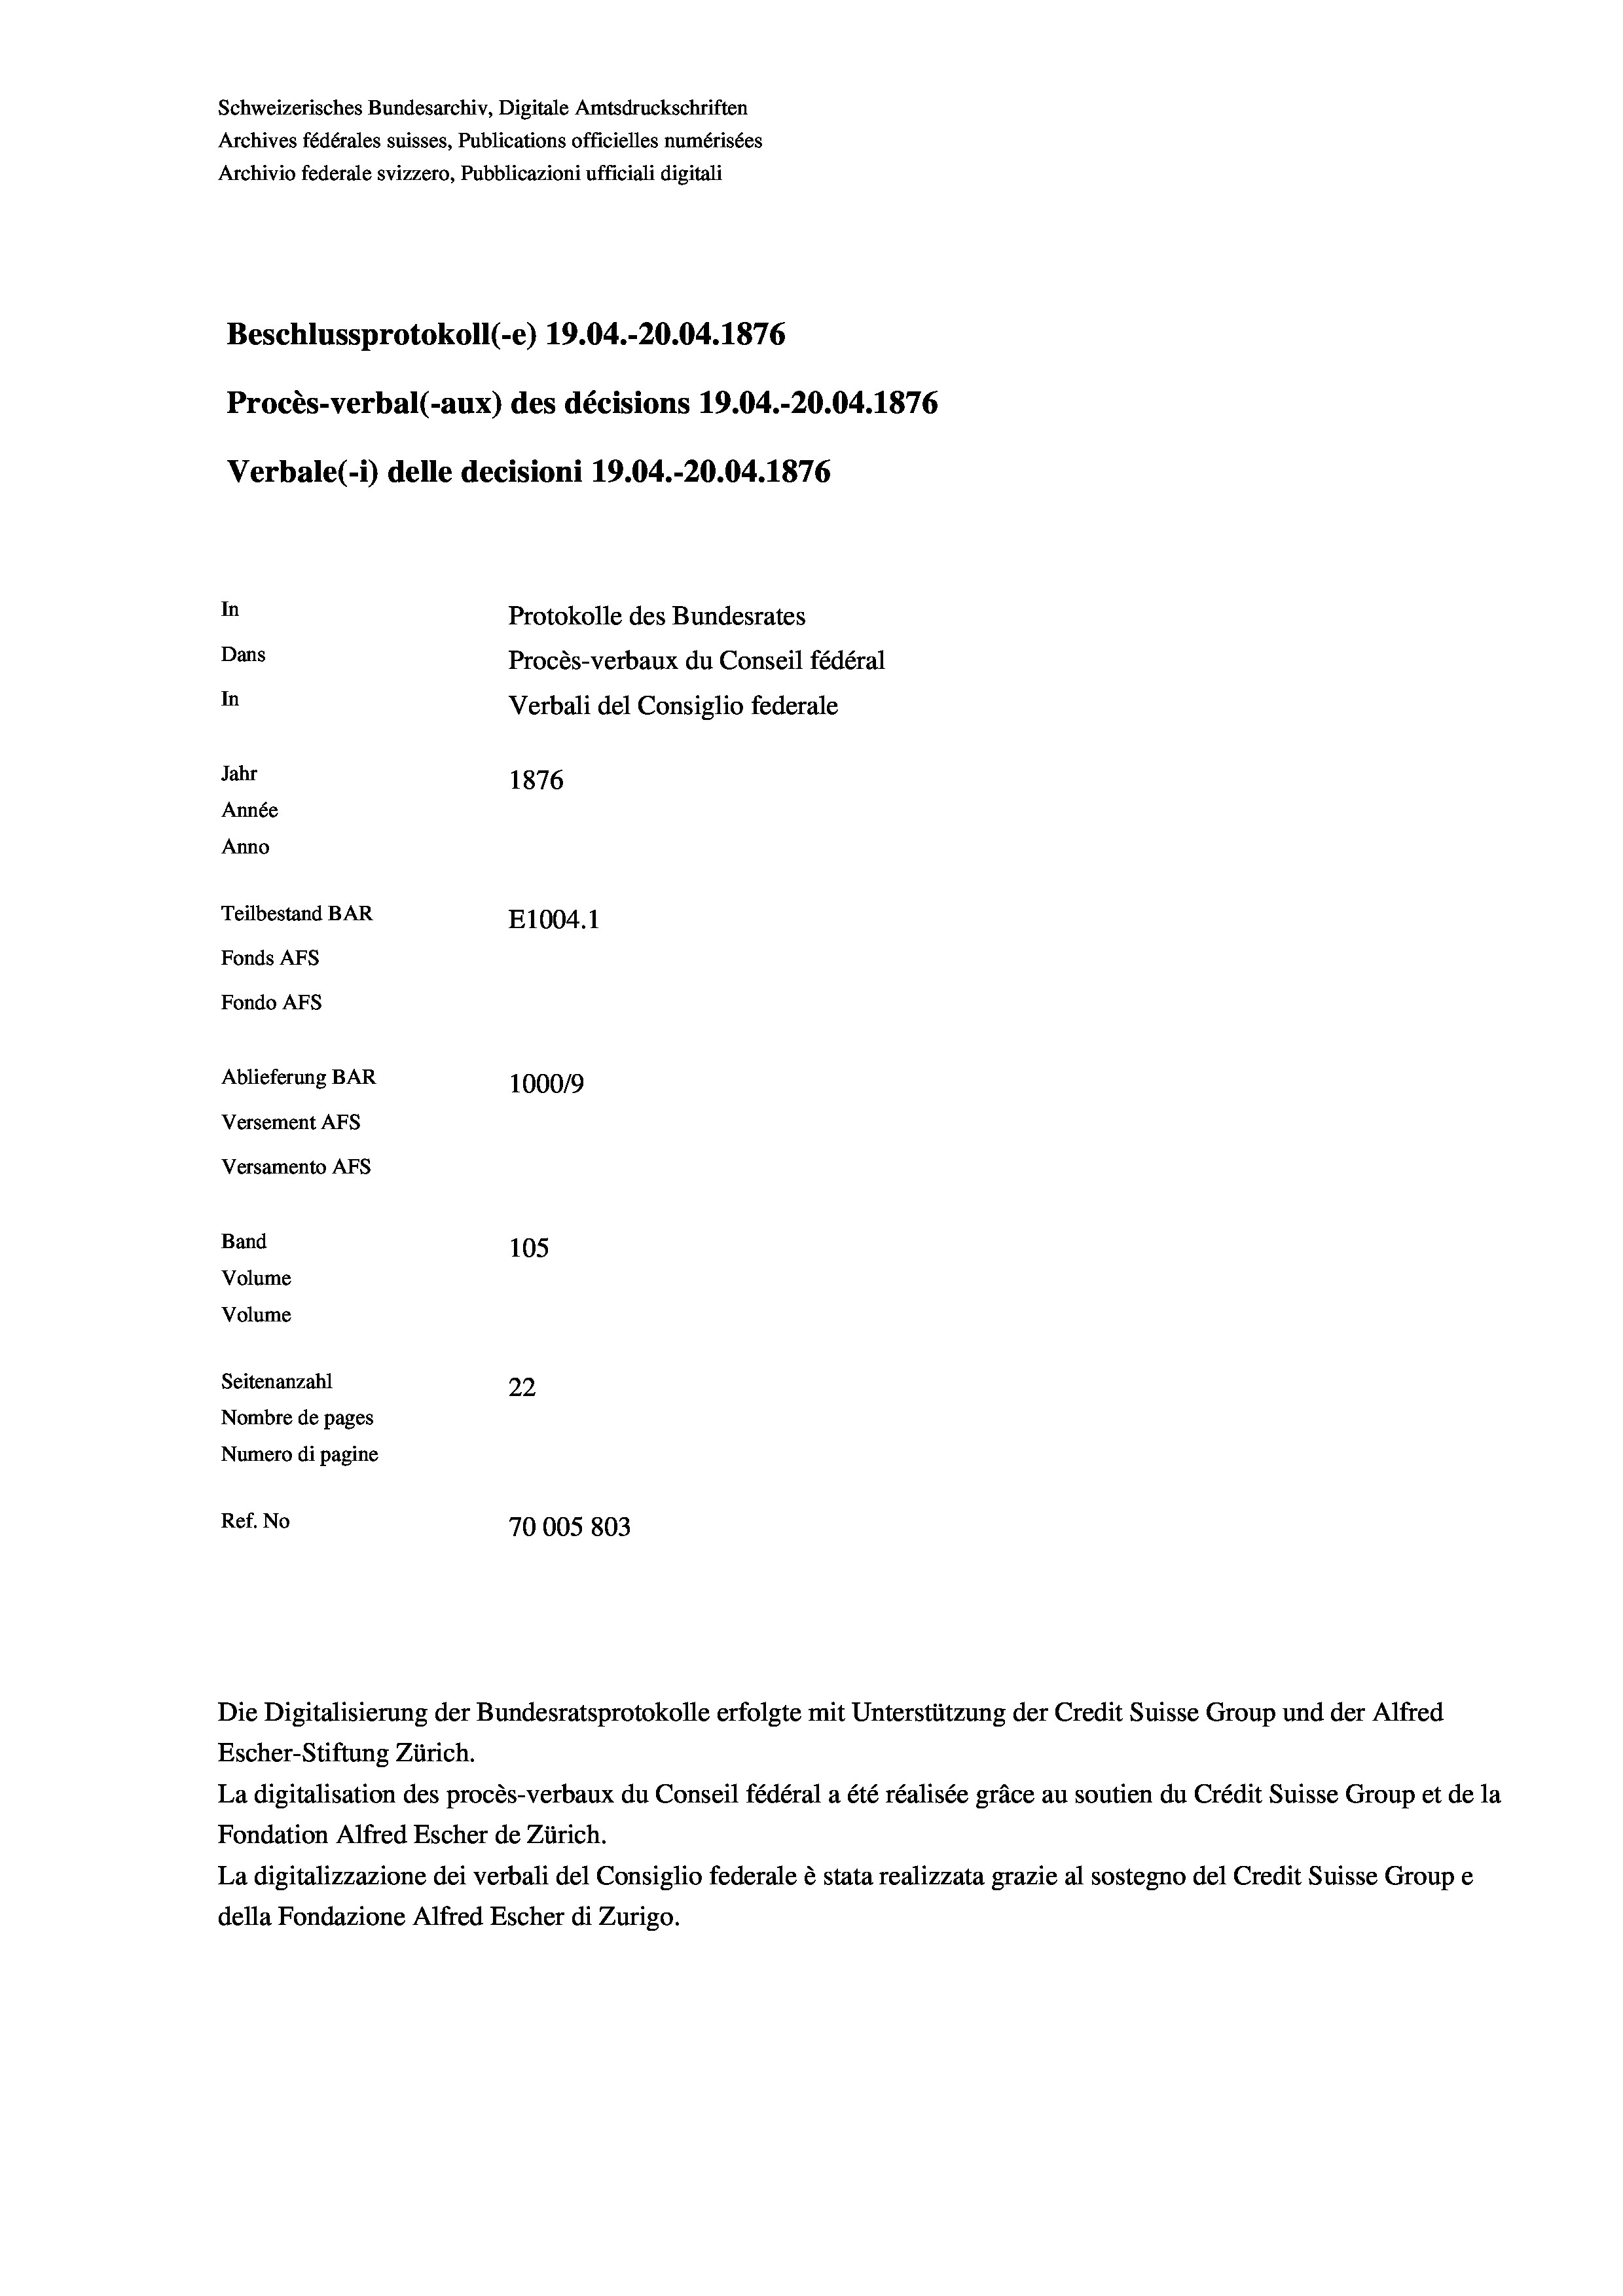
Schweizerisches Bundesarchiv, Digitale Amtsdruckschriften
Archives fédérales suisses, Publications officielles numérisées
Archivio federale svizzero, Pubblicazioni ufficiali digitali
Beschlussprotokoll (-e) 19.04.-20.04. 1876
Procès-verbal (-aux) des décisions 19.04.-20.04. 1876
Verbale (- 1) delle decisioni 19.04.-20.04. 1876
In
Protokolle des Bundesrates
Dans
Procès-verbaux du Conseil fédéral
In
Verbali del Consiglio federale
Jahr
1876
Année
Anno
Teilbestand BAR
E1004.1
Fonds AFs
Fondo Afs
Ablieferung BAR
100019
Versement AFs
Versamento AFS
Band
105
Volume

Volume

Ref. No

Seitenanzahl
22
Nombre de pages
Numero di pagine
70005 803

Escher-Stiftung Zürich.
La digitalisation des procès-verbaux du Conseil fédéral a été réalisée gräce au soutien du Crédit Suisse Group et de la
Fondation Alfred Escher de Zürich.
La digitalizzazione dei verbali del Consiglio federale è stata realizzata grazie al sostegno del Credit Suisse Groupe
della Fondazione Alfred Escher di Zurigo.

Die Digitalisierung der Bundesratsprotokolle erfolgte mit Unterstützung der Credit Suisse Group und der Alfred